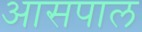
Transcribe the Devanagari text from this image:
आसपाल